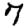
Digit: 7